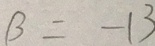
B = - 1 3